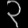
Digit: ၃